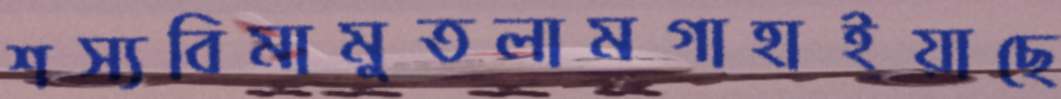
শস্যবিমামুতলামগাহাইয়াছে